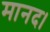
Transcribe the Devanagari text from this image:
मानद।